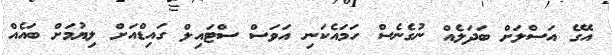
އޭގެ އަސްލަށް ބަދަލެއް ނުގެނެސް ހަމައެކަނި އަވަސް ސްޓައިލް ގައިޑްއަށް ލިޔުމަށް ބައެއް